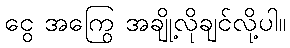
ငွေ အကြွေ အချို့လိုချင်လို့ပါ။